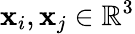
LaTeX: \mathbf{x}_{i},\mathbf{x}_{j}\in\mathbb{R}^{3}